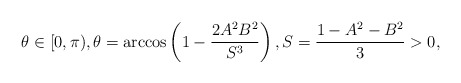
\begin{align*}\theta\in[0,\pi),\theta=\arccos\left(1-\frac{2A^2B^2}{S^3}\right),S=\frac{1-A^2-B^2}{3}>0,\end{align*}